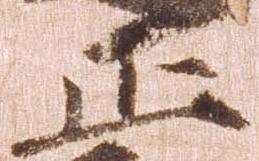
正